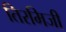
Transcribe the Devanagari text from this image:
तिरमिजी